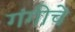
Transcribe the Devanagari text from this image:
गंगीचे